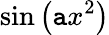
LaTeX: \sin\left(\mathtt{a}x^{2}\right)